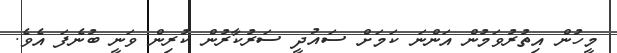
މީހުން އިތުރުވަމުން އަންނަ ކަމަށް ސައުދީ ސަރުކާރުން ކުރިން ވަނީ ބުނެފަ އެވެ.